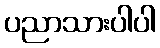
ပညာသားပါပါ